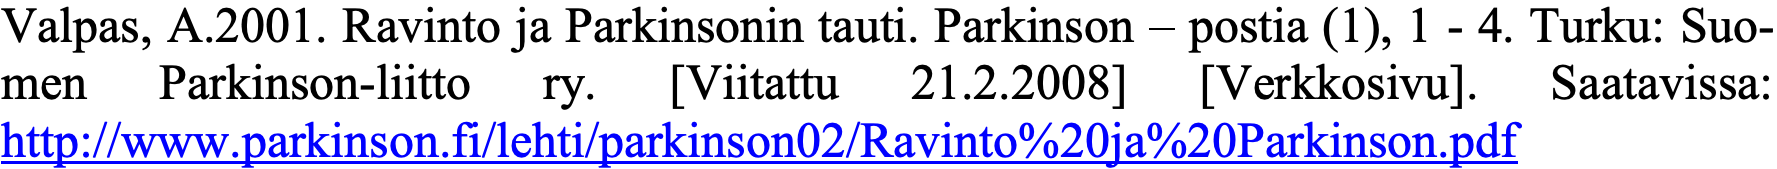
Valpas, A.2001. Ravinto ja Parkinsonin tauti. Parkinson – postia (1), 1 - 4. Turku: Suo- men  Parkinson-liitto ry. [Viitattu 21.2.2008] [Verkkosivu]. Saatavissa: http://www.parkinson.fi/lehti/parkinson02/Ravinto%20ja%20Parkinson.pdf